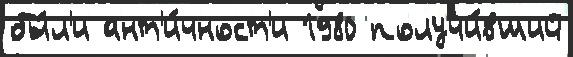
бы́л'и ант'и́чност'и 1980 получи́вший